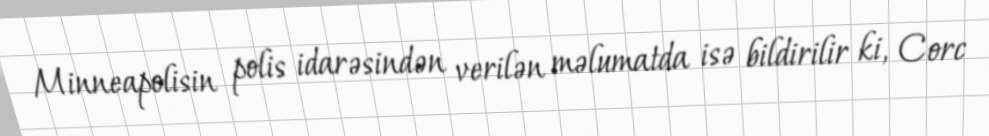
Minneapolisin polis idarəsindən verilən məlumatda isə bildirilir ki, Corc